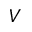
V